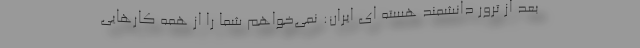
بعد از ترور دانشمند هسته ای ایران: نمی‌خواهم شما را از همه کارهایی